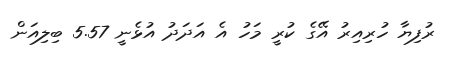
ރުފިޔާ ހުރިއިރު އޭގެ ކުރީ މަހު އެ އަދަދު އުޅެނީ 5.57 ބިލިއަން